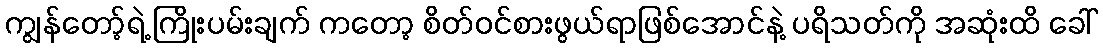
ကျွန်တော့်ရဲ့ ကြိုးပမ်းချက် ကတော့ စိတ်ဝင်စားဖွယ်ရာဖြစ်အောင်နဲ့ ပရိသတ်ကို အဆုံးထိ ခေါ်